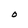
Character: O